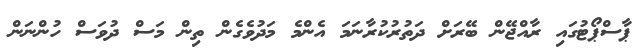
ޕާސްޕޯޓުގައި ރާއްޖޭން ބޭރަށް ދަތުރުކުރާނަމަ އެންމެ މަދުވެގެން ތިން މަސް ދުވަސް ހުންނަން